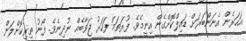
އަހަރެން އެނަންބަރަށް ޑައިލްކޮށްގެން އިނީމެވެ. ފުރަތަމަ ފަހަރު ޖަވާބެއް ނުދިނެވެ. ފޯނު ތިރިކޮށްލަން